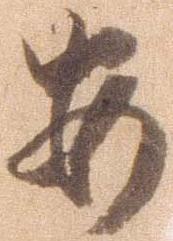
安